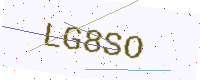
Text: LG8SO